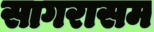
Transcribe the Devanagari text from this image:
सागरासम